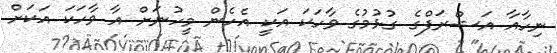
ނިހާއާ އަޝްރަފްގެ ގުޅުމުގެ ވާހަކަ އަކީ އެހެން މީހުނަށް އާ ވާހަކަ އަކަށް